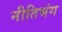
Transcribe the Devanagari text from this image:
नीतिभंग